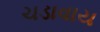
ચડાવાય